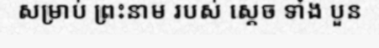
សម្រាប់ ព្រះនាម របស់ ស្តេច ទាំង បួន